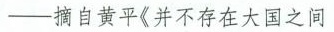
-摘自黄平《并不存在大国之间